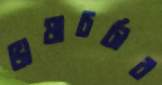
ভাষাচর্চার